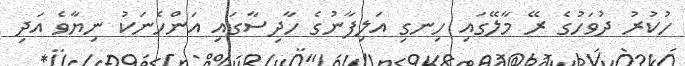
ހުކުރު ދުވަހުގެ ރޭ މާލޭގައި ހިނގި އަލިފާނުގެ ހާދިސާގައި އަންހެނަކު ނިޔާވެ އަދި